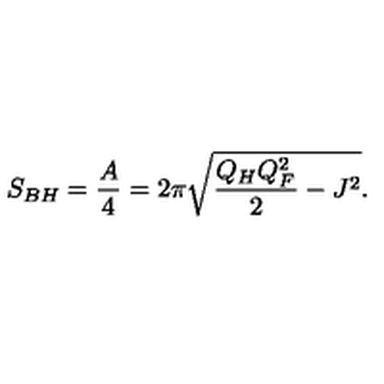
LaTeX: S _ { B H } = { \frac { A } { 4 } } = 2 \pi \sqrt { { \frac { Q _ { H } Q _ { F } ^ { 2 } } { 2 } } - J ^ { 2 } } .